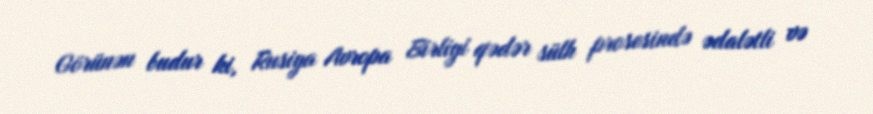
Görünən budur ki, Rusiya Avropa Birliyi qədər sülh prosesində ədalətli və